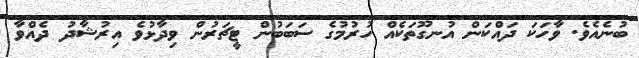
ބުނެއެވެ. ވާހަކަ ދައްކަން އުނގޫތަކެއް ހުރުމުގެ ސަބަބުން ޓީޗަރުން ވިދާޅުވެ އިރުޝާދު ދެއްވާ